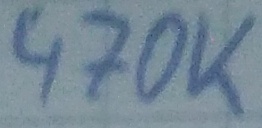
Text: 470K